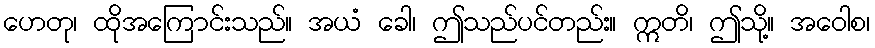
ဟေတု၊ ထိုအကြောင်းသည်။ အယံ ခေါ၊ ဤသည်ပင်တည်း။ ဣတိ၊ ဤသို့။ အဝေါစ၊